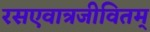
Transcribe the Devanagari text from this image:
रसएवात्रजीवितम्